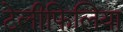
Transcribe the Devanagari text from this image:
टेलीफिलिया